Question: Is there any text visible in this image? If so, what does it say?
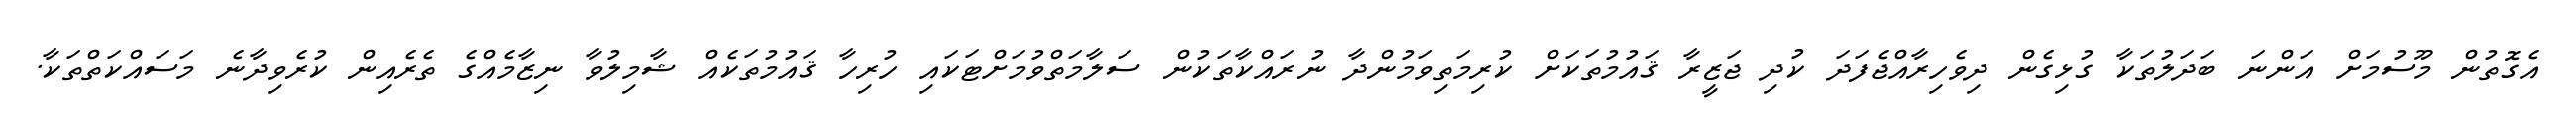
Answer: އެގޮތުން މޫސުމަށް އަންނަ ބަދަލުތަކާ ގުޅިގެން ދިވެހިރާއްޖެފަދަ ކުދި ޖަޒީރާ ޤައުމުތަކަށް ކުރިމަތިވަމުންދާ ނުރައްކާތަކުން ސަލާމަތްވުމަށްޓަކައި ހުރިހާ ޤައުމުތަކެއް ޝާމިލުވާ ނިޒާމެއްގެ ތެރެއިން ކުރެވިދާނެ މަސައްކަތްތަކާ.